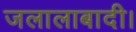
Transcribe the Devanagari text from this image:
जलालाबादी।